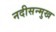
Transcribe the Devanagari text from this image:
नदीसन्मुख